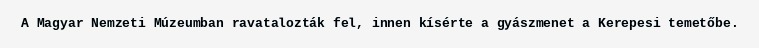
A Magyar Nemzeti Múzeumban ravatalozták fel, innen kísérte a gyászmenet a Kerepesi temetőbe.